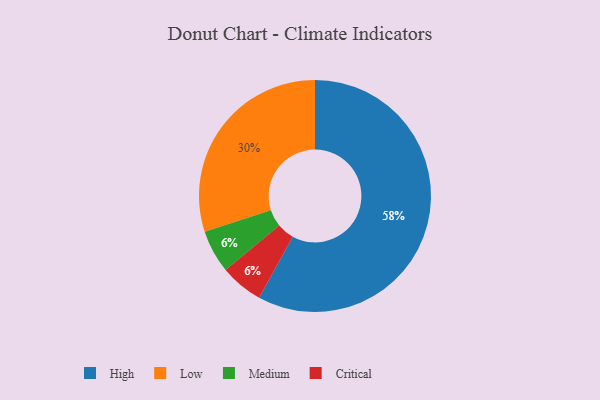
{"axis": {"x": "Category", "y": "Percentage"}, "legend": ["Critical", "High", "Low", "Medium"], "data": [{"x": "Medium", "y": 6, "type": "Medium"}, {"x": "Low", "y": 30, "type": "Low"}, {"x": "High", "y": 58, "type": "High"}, {"x": "Critical", "y": 6, "type": "Critical"}]}